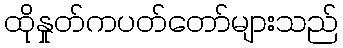
ထိုနှုတ်ကပတ်တော်များသည်